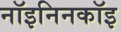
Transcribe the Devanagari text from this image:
नॉइनिनकॉइ